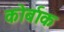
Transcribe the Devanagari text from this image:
कोर्बाक